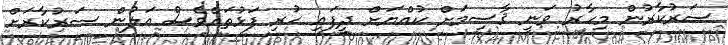
ސަރުކާރުން މިހާރު ވަނީ ޤާސިމަށް ކުއްޔަށް ދީފައި ހުރި ފަޅުތައްވެސް އަލުން ސަރުކާރަށް